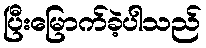
ပြီးမြောက်ခဲ့ပါသည်